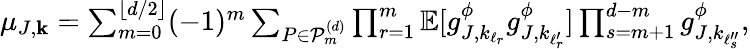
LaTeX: \begin{array}{r}{\mu_{J,\mathbf{k}}=\sum_{m=0}^{\lfloor d/2\rfloor}(-1)^{m}\sum_{P\in\mathcal{P}_{m}^{(d)}}\prod_{r=1}^{m}\mathbb{E}[g_{J,k_{\ell_{r}}}^{\phi}g_{J,k_{\ell_{r}^{\prime}}}^{\phi}]\prod_{s=m+1}^{d-m}g_{J,k_{\ell_{s}^{\prime\prime}}}^{\phi},}\end{array}